Source: Handwritten
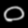
Digit: ၀ (0)